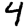
Digit: 4